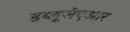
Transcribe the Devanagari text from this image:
डब्लूजेएआर